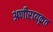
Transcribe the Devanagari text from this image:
अणीरायकृत